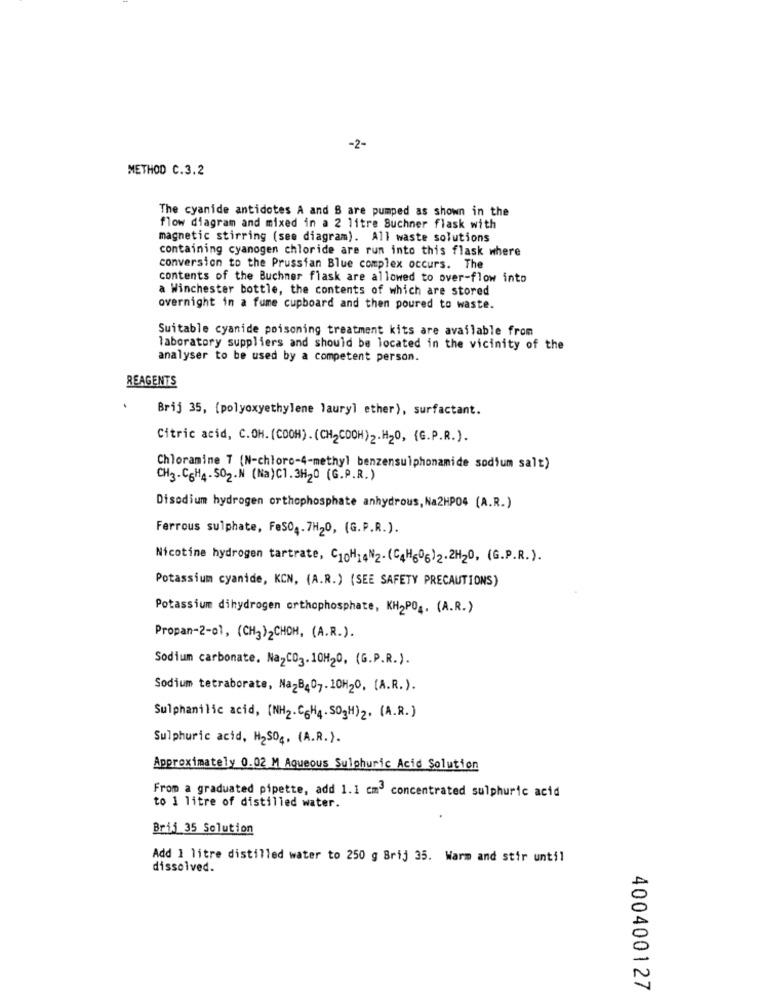
-2-
METHOD C.3.2
The cyanide antidotes A and B are pumped as shown in the
flow diagram and mixed in a 2 litre Suchner flask with
magnetic stirring (see diagram). All waste solutions
containing cyanogen chloride are run into this flask where
conversion to the Prussian Blue complex occurs. The
contents of the Buchner flask are allowed to over-flow into
a Winchester bottle, the contents of which are stored
overnight in a fume cupboard and then poured to waste.
Suitable cyanide poisoning treatment kits are available from
laboratory suppliers and should be located in the vicinity of the
analyser to be used by a competent person.
REAGENTS
Brij 35, (polyoxyethylene lauryl ether), surfactant.
Citric acid, C.OH. (CDOH).(CH2CDOH)2.H20, {G.P.R.).
Chloramine 7 (N-chloro-4-methyl benzensulphonamide sodium salt)
CH3-C6H4- SO2.N (Na)C1.3H20 (G.P.R.)
Disodium hydrogen orthophosphate anhydrous, Na2HP04 (A.R.)
Ferrous sulphate, Fes04.7H20, (G.P.R.).
Nicotine hydrogen tartrate, C10H14N2-(C4H606)2.2H2O, (G.P.R. ).
Potassium cyanide, KCN, (A.R.) (SEE SAFETY PRECAUTIONS)
Potassium dihydrogen orthophosphate, KH2PO4. (A.R.)
Propan-2-01, (CH3)2CHDH, (A.R.).
Sodium carbonate. Na2CO3.10H20, (G.P.R.).
Sodium tetraborate, NazB407.10H20, [A.R.).
Sulphanilic acid, (NH2.C6H4. SOgH)2. (A.R. )
Sulphuric acid, H2SO4. (A.R.).
Approximately 0.02 M Aqueous Sulphuric Acid Solution
From a graduated pipette, add 1.1 cm3 concentrated sulphuric acid
to 1 litre of distilled water.
Brij 35 Solution
Add 1 litre distilled water to 250 g Brij 35. Warm and stir until
dissolved.
400400127